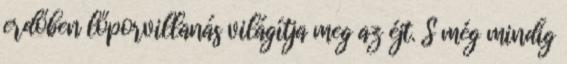
erdőben lőporvillanás világítja meg az éjt. S még mindig